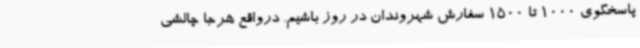
پاسخگوی 1000 تا 1500 سفارش شهروندان در روز باشیم. درواقع هرجا چالشی